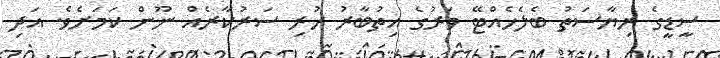
ސީޑީގެ ރިޔާސަތު ބެލެހެއްޓޭ ވަރުގެ އިތުބާރު ހުރި ސަރުކާރެއް ނޫން ކަަމަށެވެ. އަދި